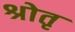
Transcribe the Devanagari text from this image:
श्रोतृ